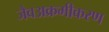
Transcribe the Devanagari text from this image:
जैवअक्रमीकरण